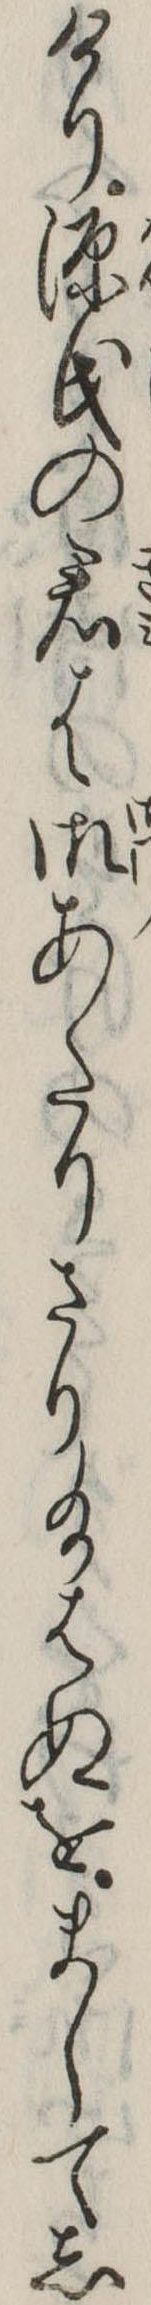
けり源氏の君は御あたりさり給はぬをましてし